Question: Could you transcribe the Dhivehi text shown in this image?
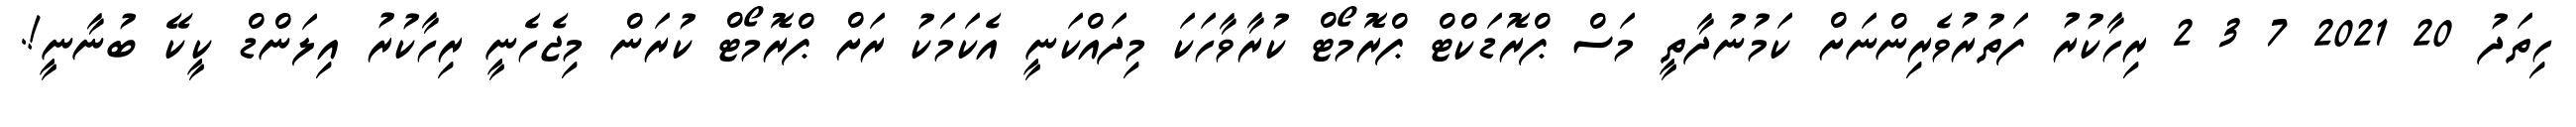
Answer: ހިތަދު 20 2021 7 3 2 ރިހާކުރު ފަތުރުވެރިންނަށް ކަމުނުދާތީ މަސް ޕްރޮޑަކްޓް ޕްރޮމޯޓް ކުރާވާހަކަ މިދައްކަނީ އެކަމަކު ރަށް ޕްރޮމޯޓް ކުރަން މިޖެހެނީ ރިހާކުރު އިލަންޑް ކީކޭ ބުނާނީ!.